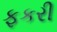
ફકરી